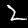
Label: 2